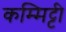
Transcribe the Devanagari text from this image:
कम्मिट्टी